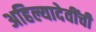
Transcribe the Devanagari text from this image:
अहिल्यादेवींची